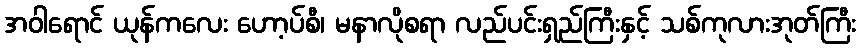
အဝါရောင် ယုန်ကလေး ဟော့ပ်စီ၊ မနာလိုစရာ လည်ပင်းရှည်ကြီးနှင့် သစ်ကုလားအုတ်ကြီး